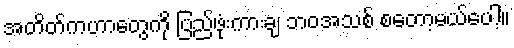
အတိတ်ကဟာတွေကို ပြည်ဖုံးကားချ ဘဝအသစ် စတော့မယ်ပေါ့။